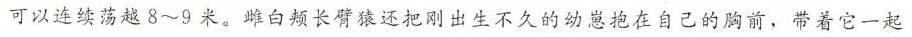
可以连续荡越8~9米，白颊长臂猿还把刚出生不久的幼崽抱在自己的脑前，带着它一起